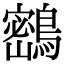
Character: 𪅮